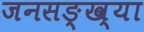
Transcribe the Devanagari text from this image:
जनसङ्ख्या